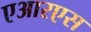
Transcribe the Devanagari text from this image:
एआरएस